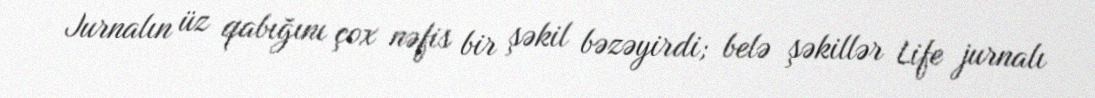
Jurnalın üz qabığını çox nəfis bir şəkil bəzəyirdi; belə şəkillər Life jurnalı